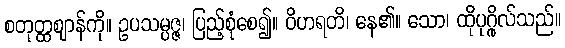
စတုတ္ထဈာန်ကို။ ဥပသမ္ပဇ္ဇ၊ ပြည့်စုံစေ၍။ ဝိဟရတိ၊ နေ၏။ သော၊ ထိုပုဂ္ဂိုလ်သည်။